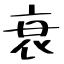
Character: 衰